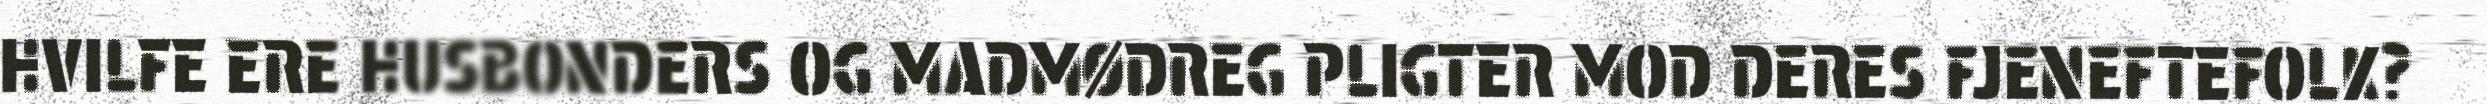
HVILFE ERE HUSBONDERS OG MADMØDREG PLIGTER MOD DERES FJENEFTEFOLK?